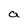
Character: a